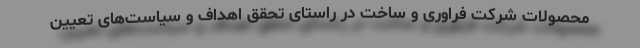
محصولات شرکت فراوری و ساخت در راستای تحقق اهداف و سیاست‌های تعیین